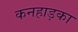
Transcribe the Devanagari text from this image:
कनहाड़का